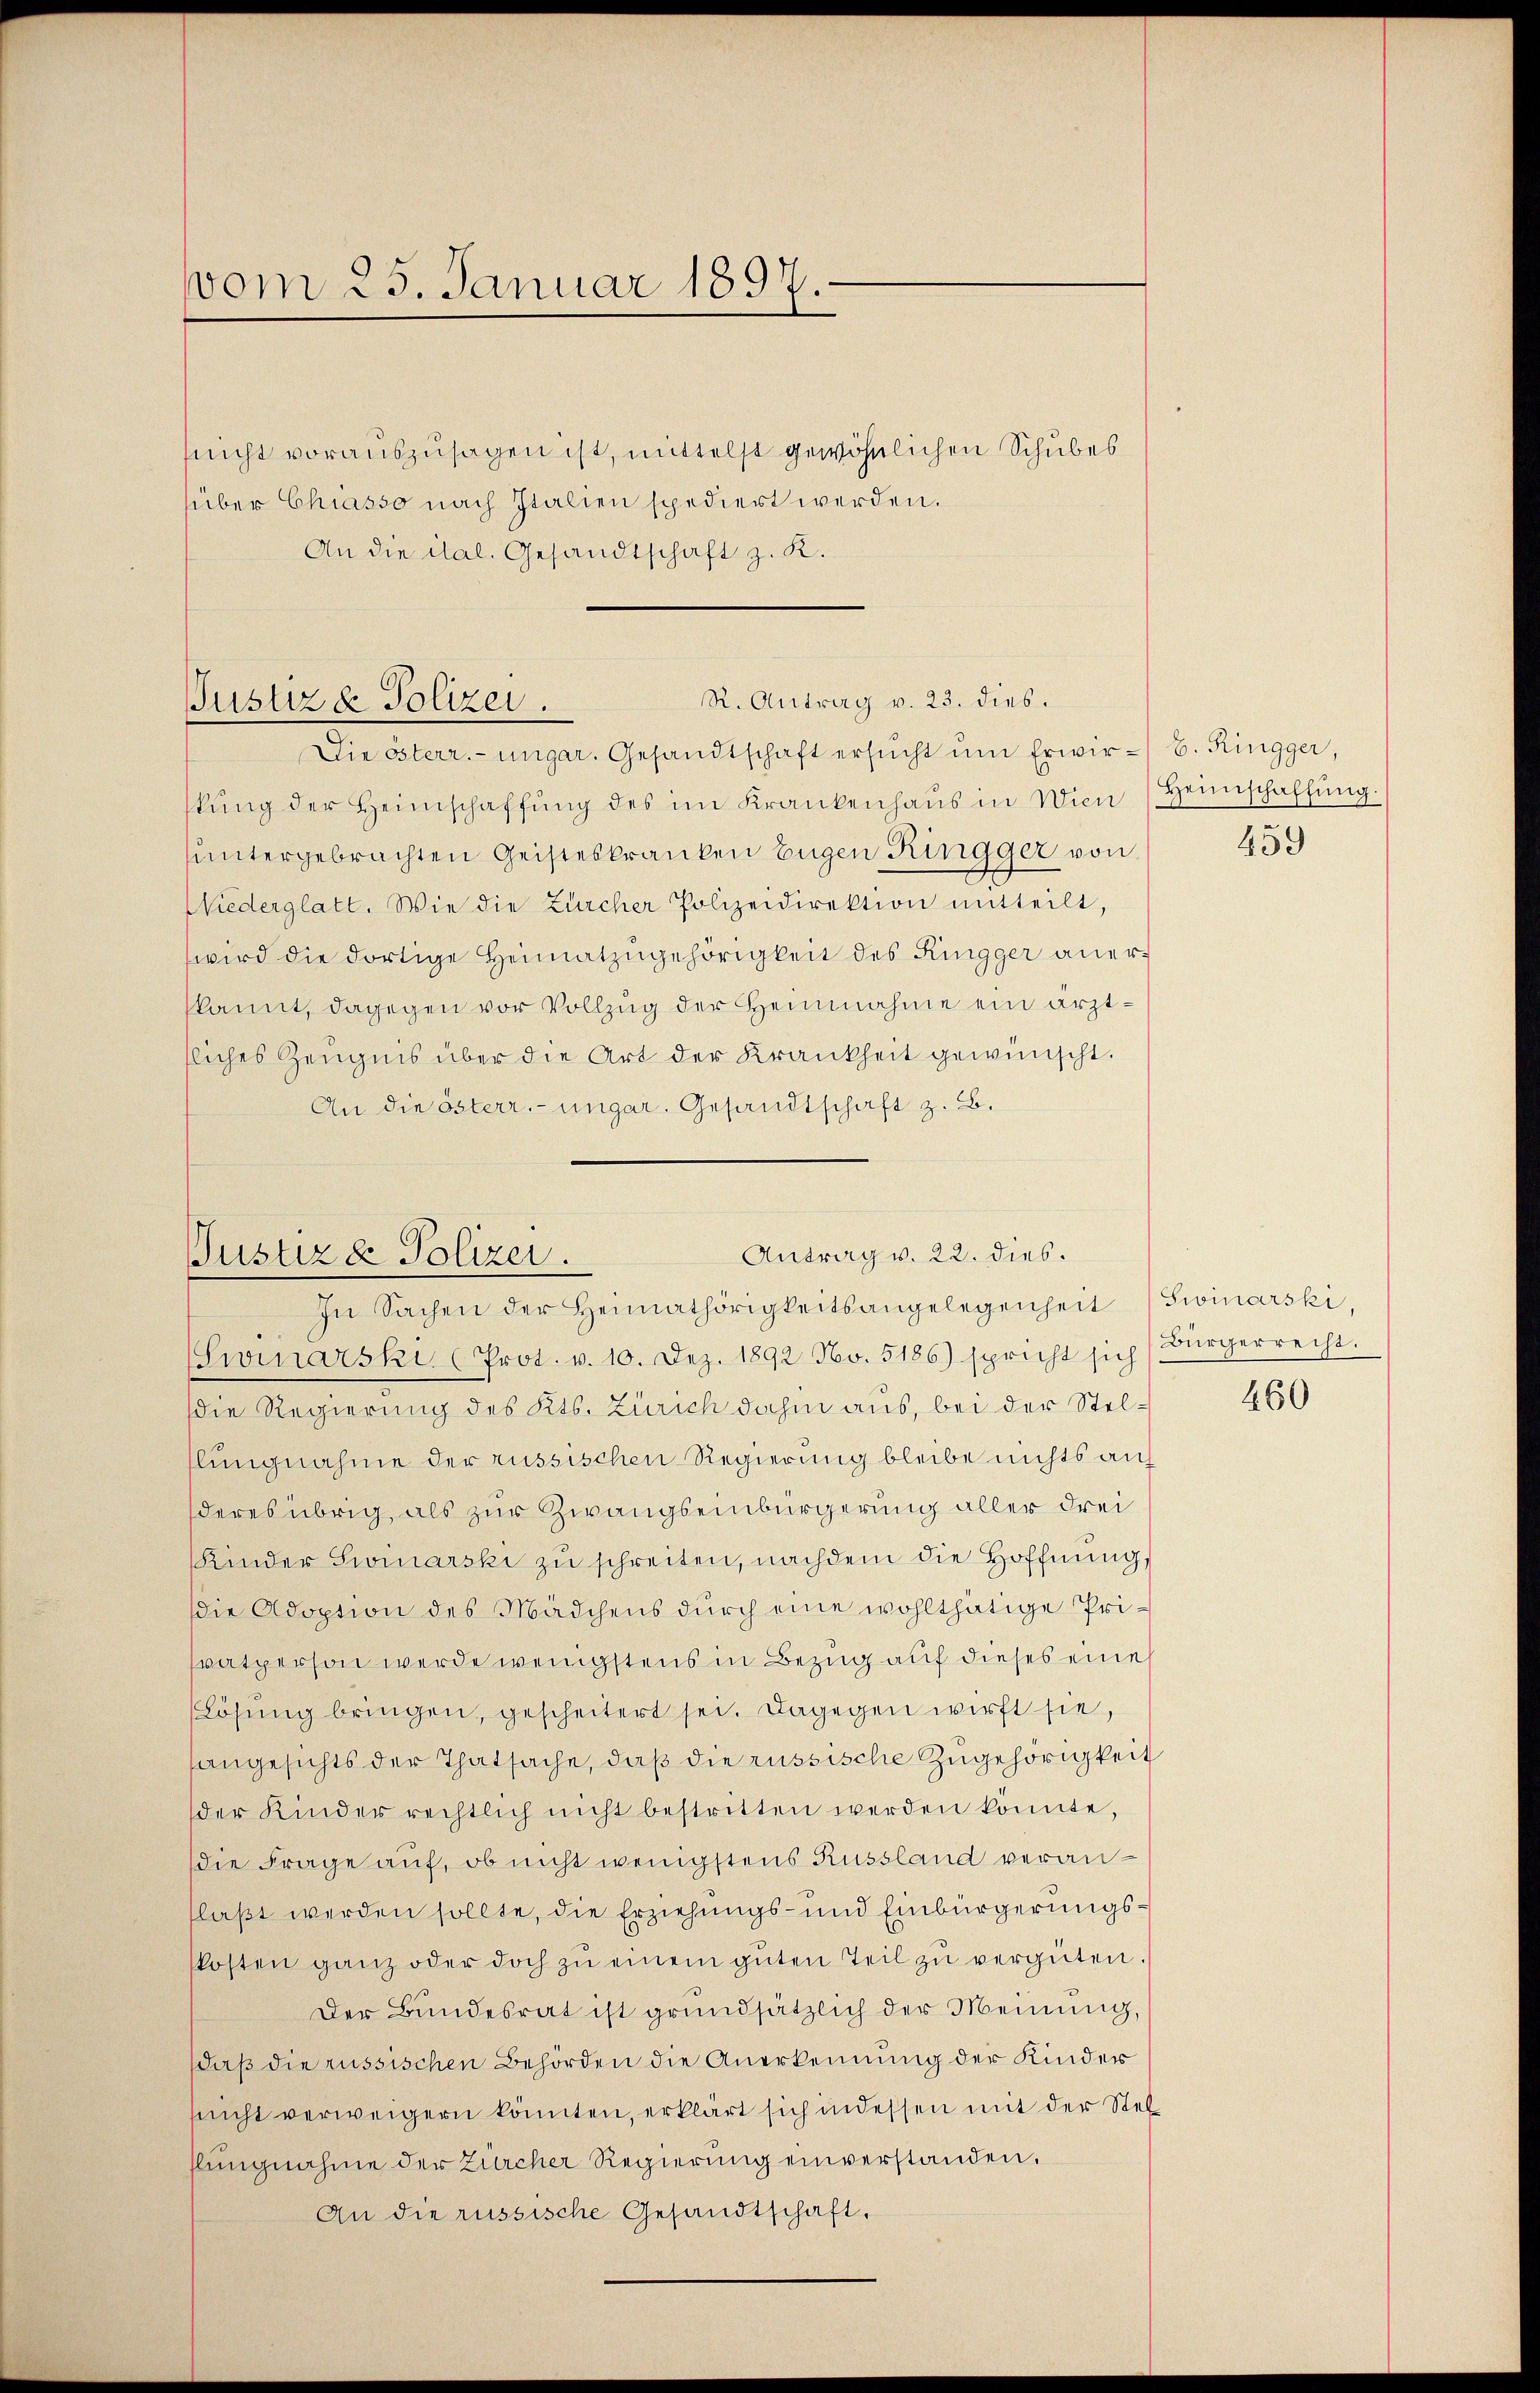
vom 25. Januar 1897.

nicht vorauszusagen ist, mittelst gewöhnlichen Schubes
süber Chiasso nach Italien spediert werden.
An die ital. Gesandtschaft z. K.

R. Antrag v. 23. dies.
Justiz & Polizei.
Die österr.-ungar. Gesandtschaft ersŭcht ŭm Erwir- B. Ringger,

kŭng der Heimschaffŭng des im Krankenhaŭs in Wien Heimschaffŭng.
untergebrachten Geisteskranken Eugen Ringger von
Niederglatt. Wie die Zürcher Polizeidirektion mitteilt,
wird die dortige Heimatzŭgehörigkeit des Ringger anerkant, dagegen vor Vollzug der Heinnahme ein ärztsliches Zeugnis über die Art der Krankheit gewünscht.
An die österr.-ungar. Gesandtschaft z. B.

Antrag v. 22. dies.
Justiz & Polizei.
In Sachen der Heimathörigkeitsangelegenheit (Sivinarski,

459

(winarski (Prot. v. 10. Dez. 1892 Nov. 5186) spricht sich (Bürgerrecht.
die Regierung des Kts. Zürich dahin aus, bei der Stelslungnahme der russischen Regierung bleibe nichts auf
deres übrig, als zur Zwangseinbürgerung aller drei
Kinder Simarski zŭ schreiten, nachdem die Hoffnung,
die Adoption des Mädchens durch eine wohlthätige Prisvatperson werde wenigstens in Bezug auf dieses eines
Lösung bringen, gescheitert sei. Dagegen wirft sie,
angesichts der Thatsache, daß die russische Zugehörigkeit
der Kinder rechtlich nicht bestritten werden könnte,
die Frage auf, ob nicht wenigstens Russland veranflaßt werden sollte, die Erziehungs- und Einbürgerungskosten ganz oder doch zŭ einem gŭten Teil zŭ vergüten.
Der Bundesrat ist grundsätzlich der Meinung, s
daß die russischen Behörden die Anerkennung der Kinder
sricht verweigern könnten, erklärt sich in dessen mit der Stel
hlungnahme der Zürcher Regierung einverstanden.
An die russische Gesandtschaft.

460